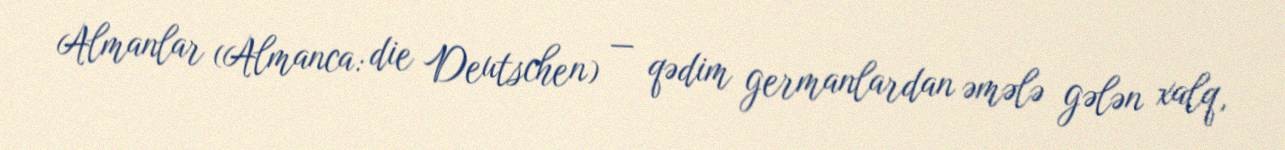
Almanlar (Almanca: die Deutschen) — qədim germanlardan əmələ gələn xalq,